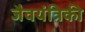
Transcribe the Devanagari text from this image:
जैवयंत्रिकी